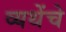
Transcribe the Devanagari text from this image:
व्यथेंचे